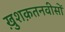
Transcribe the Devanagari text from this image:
ख़ुशक़तनवीसों